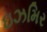
ઇઝમિર